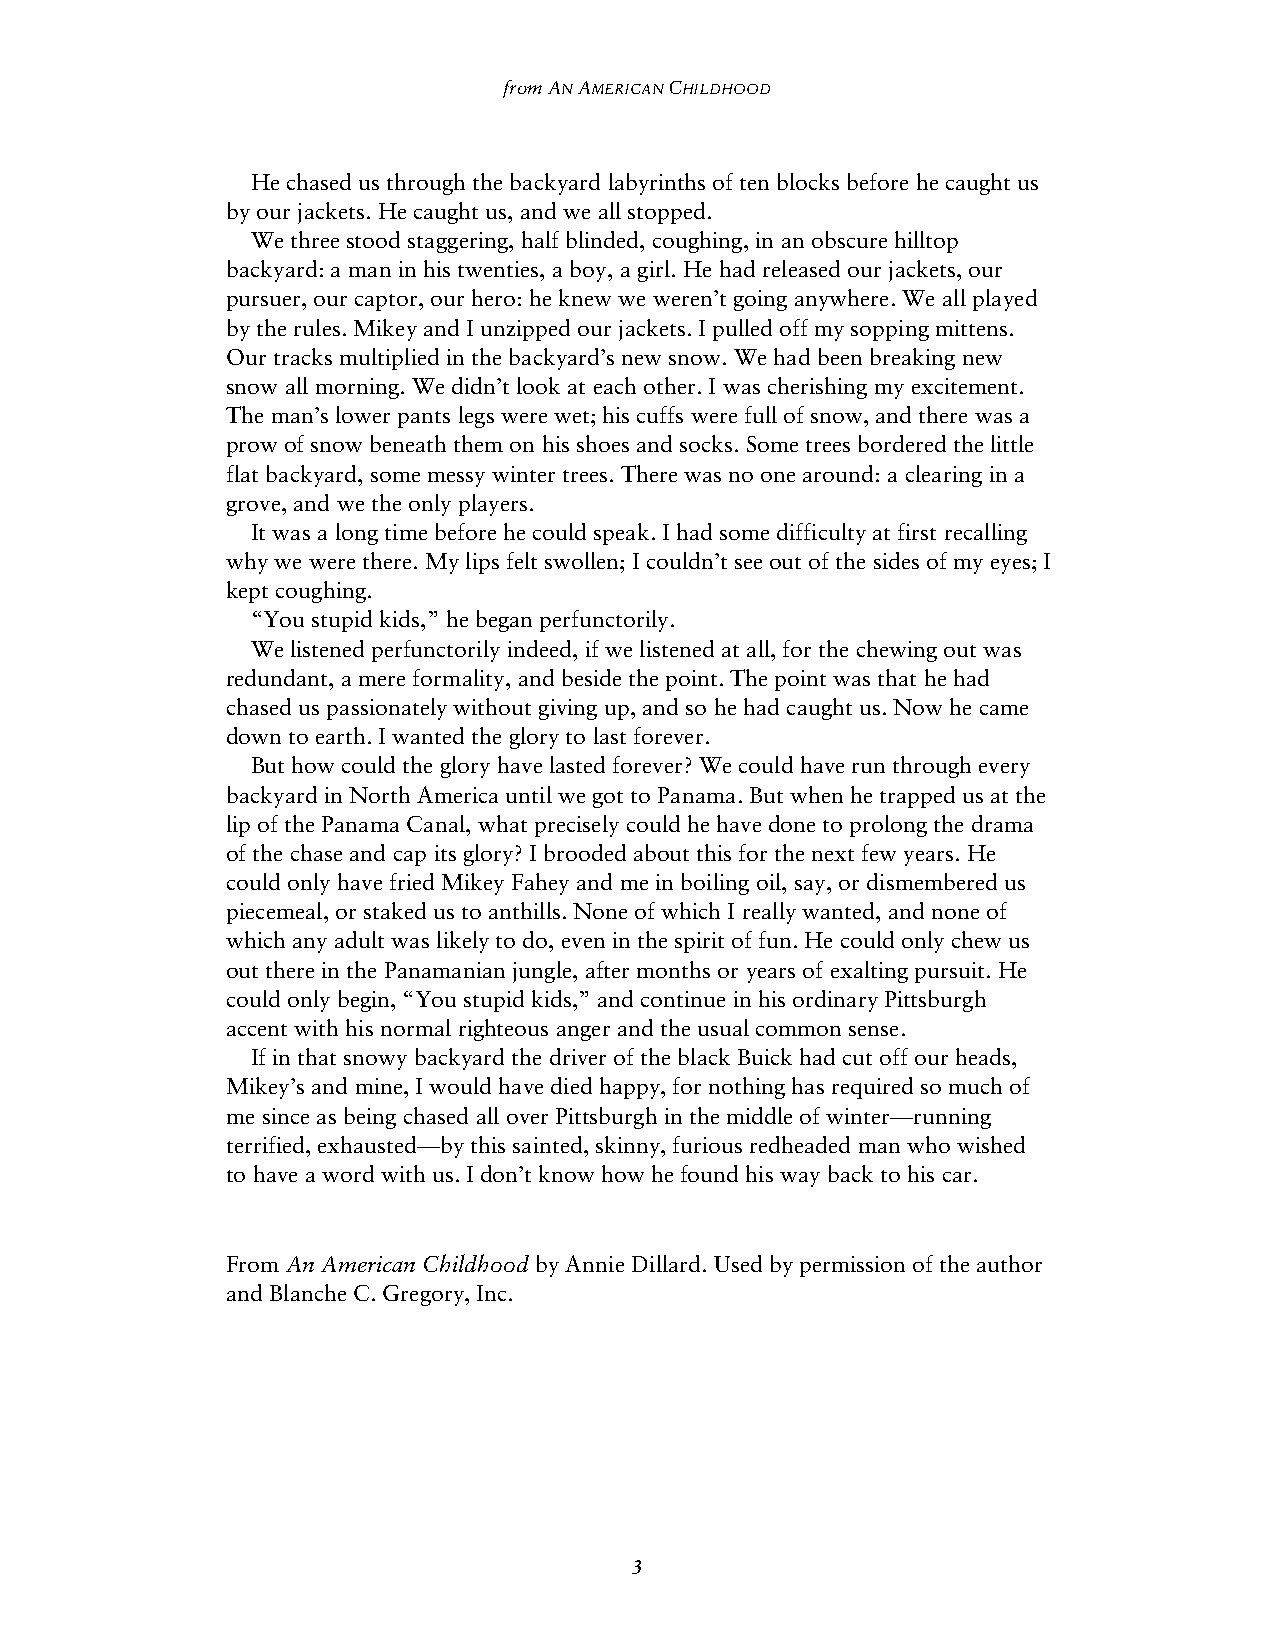
from AN AMERICAN CHILDHOOD
 He chased us through the backyard labyrinths of ten blocks before he caught us
 by our jackets. He caught us, and we all stopped.
 We three stood staggering, half blinded, coughing, in an obscure hilltop
 backyard: a man in his twenties, a boy, a girl. He had released our jackets, our
 pursuer, our captor, our hero: he knew we weren’t going anywhere. We all played
 by the rules. Mikey and I unzipped our jackets. I pulled off my sopping mittens.
 Our tracks multiplied in the backyard’s new snow. We had been breaking new
 snow all morning. We didn’t look at each other. I was cherishing my excitement.
 The man’s lower pants legs were wet; his cuffs were full of snow, and there was a
 prow of snow beneath them on his shoes and socks. Some trees bordered the little
 flat backyard, some messy winter trees. There was no one around: a clearing in a
 grove, and we the only players.
 It was a long time before he could speak. I had some difficulty at first recalling
 why we were there. My lips felt swollen; I couldn’t see out of the sides of my eyes; I
 kept coughing.
 “You stupid kids,” he began perfunctorily.
 We listened perfunctorily indeed, if we listened at all, for the chewing out was
 redundant, a mere formality, and beside the point. The point was that he had
 chased us passionately without giving up, and so he had caught us. Now he came
 down to earth. I wanted the glory to last forever.
 But how could the glory have lasted forever? We could have run through every
 backyard in North America until we got to Panama. But when he trapped us at the
 lip of the Panama Canal, what precisely could he have done to prolong the drama
 of the chase and cap its glory? I brooded about this for the next few years. He
 could only have fried Mikey Fahey and me in boiling oil, say, or dismembered us
 piecemeal, or staked us to anthills. None of which I really wanted, and none of
 which any adult was likely to do, even in the spirit of fun. He could only chew us
 out there in the Panamanian jungle, after months or years of exalting pursuit. He
 could only begin, “You stupid kids,” and continue in his ordinary Pittsburgh
 accent with his normal righteous anger and the usual common sense.
 If in that snowy backyard the driver of the black Buick had cut off our heads,
 Mikey’s and mine, I would have died happy, for nothing has required so much of
 me since as being chased all over Pittsburgh in the middle of winter—running
 terrified, exhausted—by this sainted, skinny, furious redheaded man who wished
 to have a word with us. I don’t know how he found his way back to his car.
 From An American Childhood by Annie Dillard. Used by permission of the author
 and Blanche C. Gregory, Inc.
 3